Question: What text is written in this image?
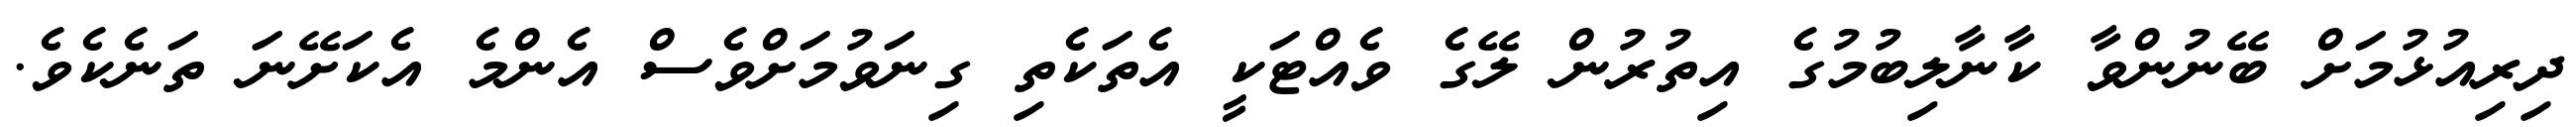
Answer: ދިރިއުޅުމަށް ބޭނުންވާ ކާނާލިބުމުގެ އިތުރުން ލޭގެ ވެއްޓަކީ އެތަކެތި ގިނަވުމަށްވެސް އެންމެ އެކަށޭނަ ތަނެކެވެ.